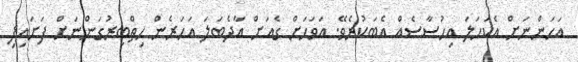
އަހަންނަށް އެކަހަލަ އިހުސާސެއް އެބަކުރެވޭ. އަވަހަށް ގެއަށް އާދެބަލަ އަހަރެން ހިތްބިރުގަންނަށް ފަށައިފި